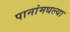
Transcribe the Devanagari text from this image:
पानांमधल्या